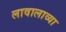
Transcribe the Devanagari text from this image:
लावालाव्या